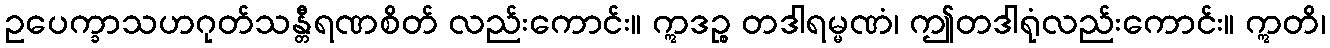
ဥပေက္ခာသဟဂုတ်သန္တီရဏစိတ် လည်းကောင်း။ ဣဒဉ္စ တဒါရမ္မဏံ၊ ဤတဒါရုံလည်းကောင်း။ ဣတိ၊